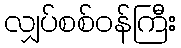
လျှပ်စစ်ဝန်ကြီး